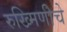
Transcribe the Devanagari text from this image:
रुख्मिणीचे